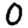
Digit: 0